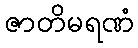
ဇာတိမရဏံ